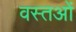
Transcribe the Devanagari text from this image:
वस्तओं